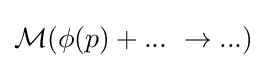
{\mathcal {M}}(\phi (p)+...\ \rightarrow ...)